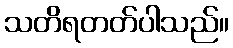
သတိရတတ်ပါသည်။